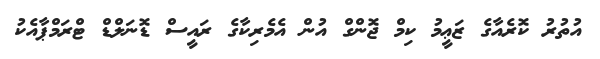
އުތުރު ކޮރެއާގެ ޒަޢީމު ކިމް ޖޮންގް އުން އެމެރިކާގެ ރައީސް ޑޮނަލްޑް ޓްރަމްޕާއެކު